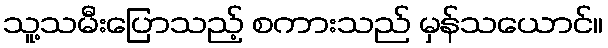
သူ့သမီးပြောသည့် စကားသည် မှန်သယောင်။